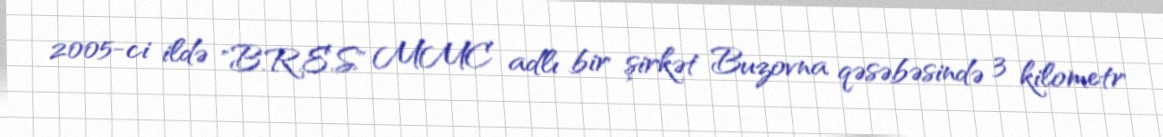
2005-ci ildə "B.R.E.S" MMC adlı bir şirkət Buzovna qəsəbəsində 3 kilometr